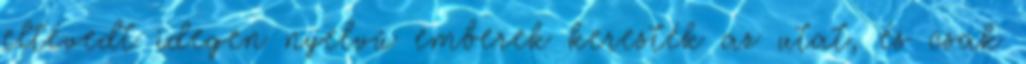
eltévedt idegen nyelvű emberek keresték az utat, és csak